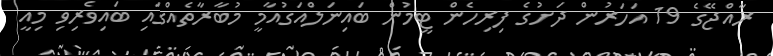
ރާއްޖޭގެ 19 އަހަރުން ދަށުގެ ފިރިހެން ޓީމުން ބައިނަލްއަގުއާމީ މުބާރާތެއްގައި ބައިވެރިވި މިއީ